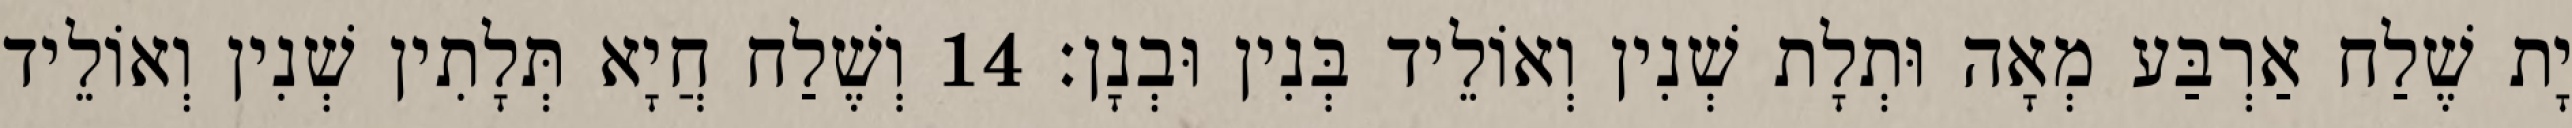
יָת שֶׁלַח אַרְבַּע מְאָה וּתְלָת שְׁנִין וְאוֹלֵיד בְּנִין וּבְנָן׃ 14 וְשֶׁלַח חֲיָא תְּלָתִין שְׁנִין וְאוֹלֵיד